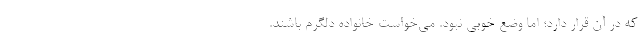
که در آن قرار دارد؛ اما وضع خوبی نبود. می‌خواست خانواده دلگرم باشند.